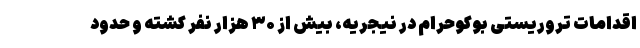
اقدامات تروریستی بوکوحرام در نیجریه، بیش از ۳۰ هزار نفر کشته و حدود